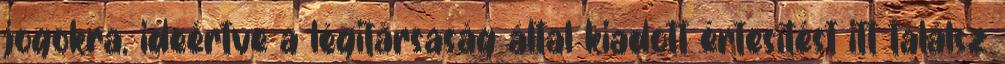
jogokra, ideértve a légitársaság által kiadott értesítést itt találsz